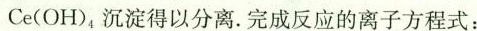
Ce(OH)_{4}沉淀得以分离。完成反应的离子方程式：